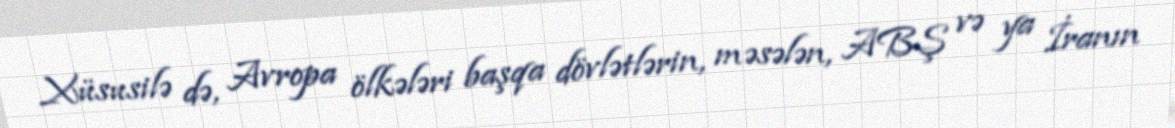
Xüsusilə də, Avropa ölkələri başqa dövlətlərin, məsələn, ABŞ və ya İranın